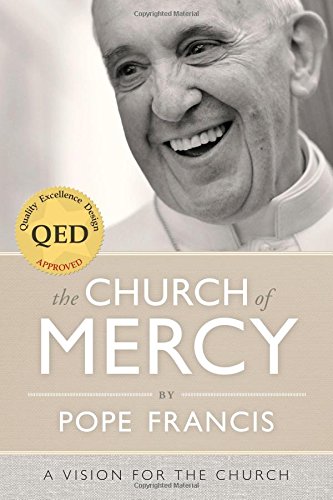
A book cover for The Church of Mercy; Pope Francis; Christian Books & Bibles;